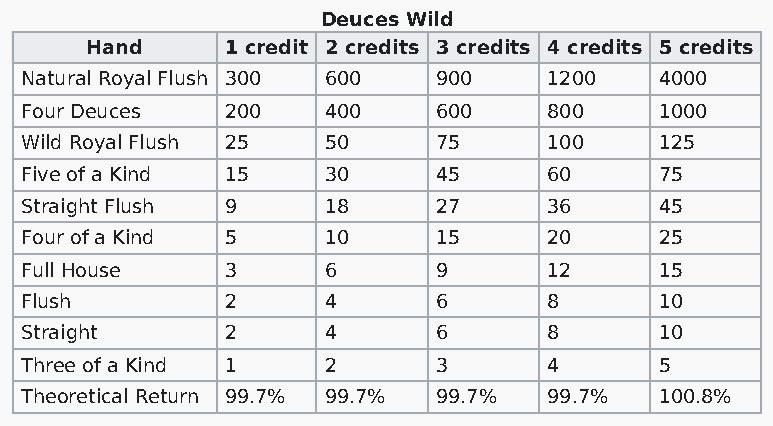
Deuces Wild
 Hand     1 credit 2 credits 3 credits 4 credits 5 credits
 Natural Royal Flush 300 600 900    1200    4000
 Four Deuces   200   400     600    800     1000
 Wild Royal Flush 25 50      75     100     125
 Five of a Kind 15   30      45     60      75
 Straight Flush 9    18      27     36      45
 Four of a Kind 5    10      15     20      25
 Full House    3     6       9      12      15
 Flush         2     4       6      8       10
 Straight      2     4       6      8       10
 Three of a Kind 1   2       3      4       5
 Theoretical Return 99.7% 99.7% 99.7% 99.7% 100.8%